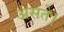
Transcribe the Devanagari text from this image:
असते।